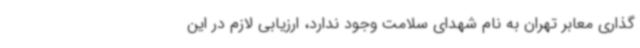
گذاری معابر تهران به نام شهدای سلامت وجود ندارد، ارزیابی لازم در این